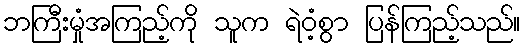
ဘကြီးမှုံအကြည့်ကို သူက ရဲဝံ့စွာ ပြန်ကြည့်သည်။